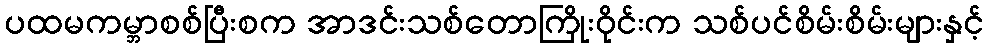
ပထမကမ္ဘာစစ်ပြီးစက အာဒင်းသစ်တောကြိုးဝိုင်းက သစ်ပင်စိမ်းစိမ်းများနှင့်